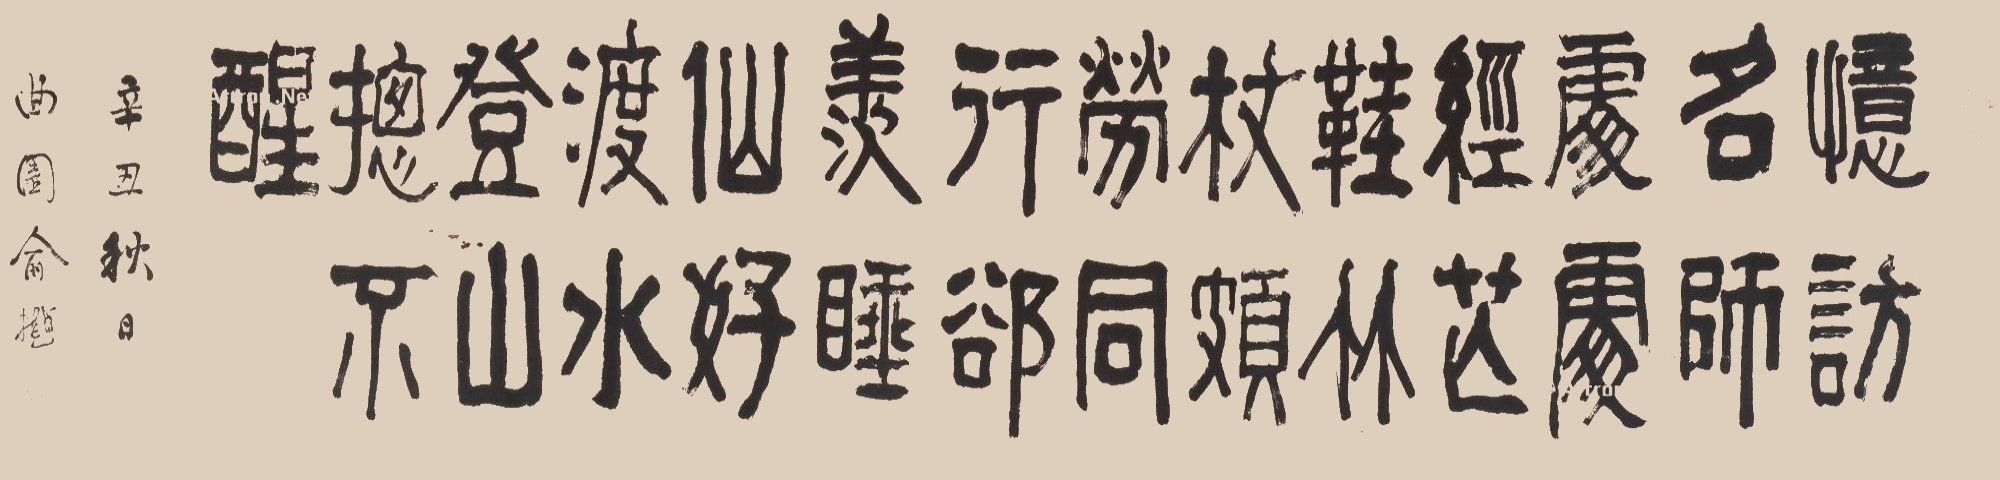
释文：忆访名师处处经，芒鞋竹杖颇劳。同行却羡睡仙好，渡水登山总不醒。辛丑秋日，曲园俞樾。